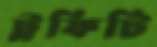
ট্রফিটি